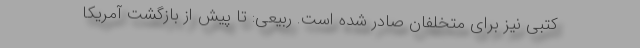
کتبی نیز برای متخلفان صادر شده است. ربیعی: تا پیش از بازگشت آمریکا